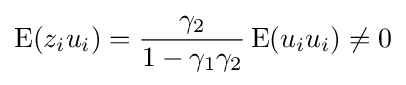
\operatorname {E} (z_{i}u_{i})={\frac {\gamma _{2}}{1-\gamma _{1}\gamma _{2}}}\operatorname {E} (u_{i}u_{i})\neq 0